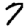
Digit: 7